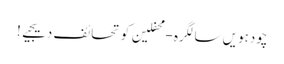
چودہویں سالگرہ - محفلین کو تحائف دیجیے!